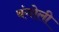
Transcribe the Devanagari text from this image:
बंगोली